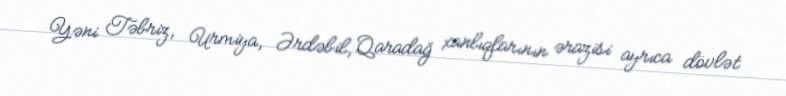
Yəni Təbriz, Urmiya, Ərdəbil, Qaradağ xanlıqlarının ərazisi ayrıca dövlət